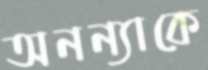
অনন্যাকে